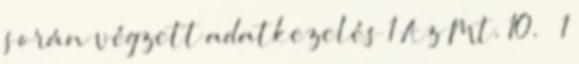
során végzett adatkezelés 1 Az Mt. 10. § 1